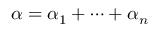
\alpha = \alpha _ { 1 } + \cdots + \alpha _ { n }